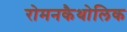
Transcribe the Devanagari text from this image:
रोमनकैथोलिक